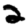
Digit: 2